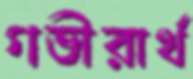
গভীরার্থ